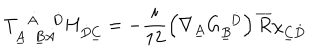
T _ { \underline { { { A } } } \ \ \underline { { { B } } } \dot { A } } ^ { \ \ \dot { A } \ \ \ \dot { D } } H _ { \dot { D } \underline { { { C } } } } = - \frac { i } { 1 2 } \left( \nabla _ { \underline { { { A } } } } G _ { \underline { { { B } } } } ^ { \ \ \dot { D } } \right) \overline { { { R } } } \chi _ { \underline { { { C } } } \dot { D } }